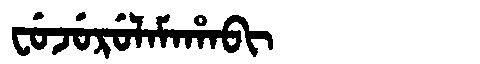
Manchu: ᠸᡠᠵᡠᡵᡠᠯᠠᠮᠠᡥᠠᠪᡳ
Romanization: FUJURULAMAHABI